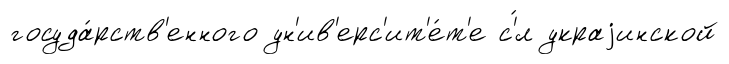
госуда́рств'енного ун'ив'ерс'ит'е́т'е с'́л украjинской